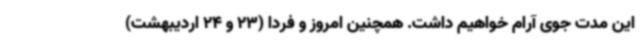
این مدت جوی آرام خواهیم داشت. همچنین امروز و فردا (23 و 24 اردیبهشت)